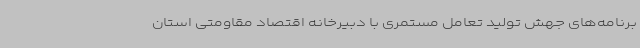
برنامه‌های جهش تولید تعامل مستمری با دبیرخانه اقتصاد مقاومتی استان